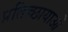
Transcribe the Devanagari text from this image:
प्रतिच्छायाओं